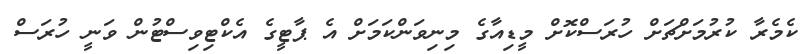
ކެމެރާ ކުރުމަށްޗަށް ހުރަސްކޮށް މީޑިއާގެ މިނިވަންކަމަށް އެ ޕާޓީގެ އެކްޓިވިސްޓުން ވަނީ ހުރަސް